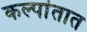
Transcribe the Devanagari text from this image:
कल्पांतात